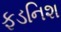
ફડનિશ